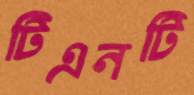
টিএনটি